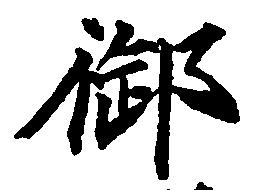
御